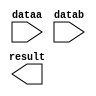
// megafunction wizard: %LPM_ADD_SUB%VBB%
// GENERATION: STANDARD
// VERSION: WM1.0
// MODULE: LPM_ADD_SUB 

// ============================================================
// Megafunction Name(s):
// 			LPM_ADD_SUB
//
// Simulation Library Files(s):
// 			lpm
// ============================================================
// ************************************************************
// THIS IS A WIZARD-GENERATED FILE. DO NOT EDIT THIS FILE!
//
// 13.0.1 Build 232 06/12/2013 SP 1 SJ Web Edition
// ************************************************************

//Copyright (C) 1991-2013 Altera Corporation
//Your use of Altera Corporation's design tools, logic functions 
//and other software and tools, and its AMPP partner logic 
//functions, and any output files from any of the foregoing 
//(including device programming or simulation files), and any 
//associated documentation or information are expressly subject 
//to the terms and conditions of the Altera Program License 
//Subscription Agreement, Altera MegaCore Function License 
//Agreement, or other applicable license agreement, including, 
//without limitation, that your use is for the sole purpose of 
//programming logic devices manufactured by Altera and sold by 
//Altera or its authorized distributors.  Please refer to the 
//applicable agreement for further details.

module ALU_ADD (
	dataa,
	datab,
	result);

	input	[31:0]  dataa;
	input	[31:0]  datab;
	output	[31:0]  result;

endmodule

// ============================================================
// CNX file retrieval info
// ============================================================
// Retrieval info: PRIVATE: CarryIn NUMERIC "0"
// Retrieval info: PRIVATE: CarryOut NUMERIC "0"
// Retrieval info: PRIVATE: ConstantA NUMERIC "0"
// Retrieval info: PRIVATE: ConstantB NUMERIC "0"
// Retrieval info: PRIVATE: Function NUMERIC "0"
// Retrieval info: PRIVATE: INTENDED_DEVICE_FAMILY STRING "Cyclone IV GX"
// Retrieval info: PRIVATE: LPM_PIPELINE NUMERIC "0"
// Retrieval info: PRIVATE: Latency NUMERIC "0"
// Retrieval info: PRIVATE: Overflow NUMERIC "0"
// Retrieval info: PRIVATE: RadixA NUMERIC "10"
// Retrieval info: PRIVATE: RadixB NUMERIC "10"
// Retrieval info: PRIVATE: Representation NUMERIC "0"
// Retrieval info: PRIVATE: SYNTH_WRAPPER_GEN_POSTFIX STRING "1"
// Retrieval info: PRIVATE: ValidCtA NUMERIC "0"
// Retrieval info: PRIVATE: ValidCtB NUMERIC "0"
// Retrieval info: PRIVATE: WhichConstant NUMERIC "0"
// Retrieval info: PRIVATE: aclr NUMERIC "0"
// Retrieval info: PRIVATE: clken NUMERIC "0"
// Retrieval info: PRIVATE: nBit NUMERIC "32"
// Retrieval info: PRIVATE: new_diagram STRING "1"
// Retrieval info: LIBRARY: lpm lpm.lpm_components.all
// Retrieval info: CONSTANT: LPM_DIRECTION STRING "ADD"
// Retrieval info: CONSTANT: LPM_HINT STRING "ONE_INPUT_IS_CONSTANT=NO,CIN_USED=NO"
// Retrieval info: CONSTANT: LPM_REPRESENTATION STRING "SIGNED"
// Retrieval info: CONSTANT: LPM_TYPE STRING "LPM_ADD_SUB"
// Retrieval info: CONSTANT: LPM_WIDTH NUMERIC "32"
// Retrieval info: USED_PORT: dataa 0 0 32 0 INPUT NODEFVAL "dataa[31..0]"
// Retrieval info: USED_PORT: datab 0 0 32 0 INPUT NODEFVAL "datab[31..0]"
// Retrieval info: USED_PORT: result 0 0 32 0 OUTPUT NODEFVAL "result[31..0]"
// Retrieval info: CONNECT: @dataa 0 0 32 0 dataa 0 0 32 0
// Retrieval info: CONNECT: @datab 0 0 32 0 datab 0 0 32 0
// Retrieval info: CONNECT: result 0 0 32 0 @result 0 0 32 0
// Retrieval info: GEN_FILE: TYPE_NORMAL ALU_ADD.v TRUE
// Retrieval info: GEN_FILE: TYPE_NORMAL ALU_ADD.inc FALSE
// Retrieval info: GEN_FILE: TYPE_NORMAL ALU_ADD.cmp FALSE
// Retrieval info: GEN_FILE: TYPE_NORMAL ALU_ADD.bsf TRUE
// Retrieval info: GEN_FILE: TYPE_NORMAL ALU_ADD_inst.v FALSE
// Retrieval info: GEN_FILE: TYPE_NORMAL ALU_ADD_bb.v TRUE
// Retrieval info: GEN_FILE: TYPE_NORMAL ALU_ADD_syn.v TRUE
// Retrieval info: LIB_FILE: lpm